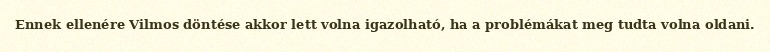
Ennek ellenére Vilmos döntése akkor lett volna igazolható, ha a problémákat meg tudta volna oldani.